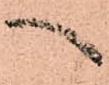
へ